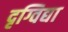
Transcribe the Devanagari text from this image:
दृग्विद्या